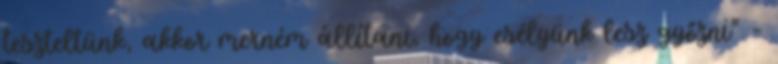
teszteltünk, akkor merném állítani, hogy esélyünk lesz győzni” –